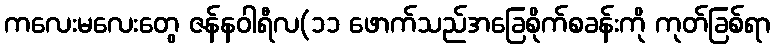
ကလေးမလေးတွေ ဇန်နဝါရီလ(၁၁ ဖောက်သည်အခြေစိုက်စခန်းကို ကုတ်ခြစ်ရာ